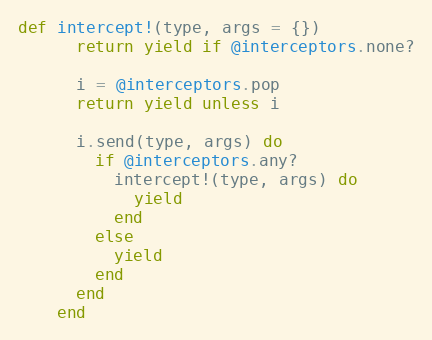
Language: Ruby
def intercept!(type, args = {})
      return yield if @interceptors.none?

      i = @interceptors.pop
      return yield unless i

      i.send(type, args) do
        if @interceptors.any?
          intercept!(type, args) do
            yield
          end
        else
          yield
        end
      end
    end